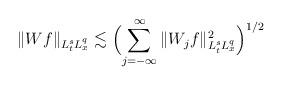
LaTeX: \begin{align*} \|Wf \|_{L^s_t L^q_x} \lesssim \Bigl(\sum \limits_{j=-\infty}^\infty \|W_jf\|_{L^s_t L^q_x}^2 \Bigr)^{1/2}\end{align*}